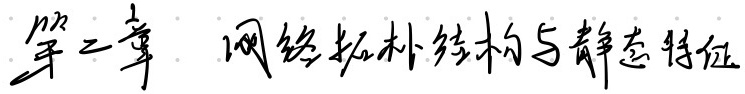
第二章 网络拓扑结构与静态特征